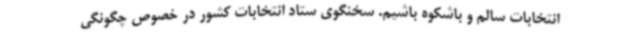
انتخابات سالم و باشکوه باشیم. سخنگوی ستاد انتخابات کشور در خصوص چگونگی